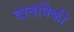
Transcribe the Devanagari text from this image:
दातांपैकी